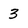
Character: 3